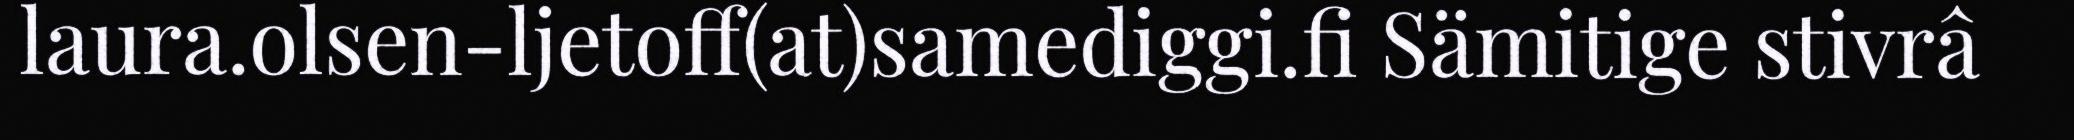
laura.olsen-ljetoff(at)samediggi.fi Sämitige stivrâ